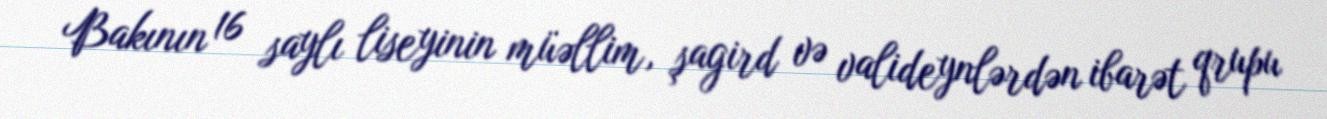
Bakının 16 saylı liseyinin müəllim, şagird və valideynlərdən ibarət qrupu